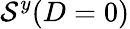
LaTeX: \mathcal{S}^{y}(D=0)